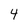
Character: 4